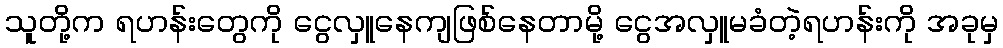
သူတို့က ရဟန်းတွေကို ငွေလှူနေကျဖြစ်နေတာမို့ ငွေအလှူမခံတဲ့ရဟန်းကို အခုမှ